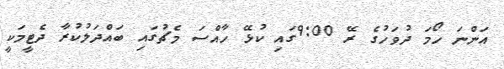
އަންނަ ހޯމަ ދުވަހުގެ ރޭ 9:00ގައި ކުޅޭ ހާއްސަ މެޗުގައި ބައްދަލުކުރާ ދެޓީމަކީ